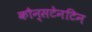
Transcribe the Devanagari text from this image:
कौन्सटेनटिन